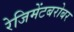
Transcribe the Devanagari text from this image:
रेजिमेंटबरोबर